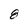
Character: 8